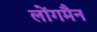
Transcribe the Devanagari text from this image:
लोंगमैन